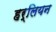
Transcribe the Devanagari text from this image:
हर्लियन